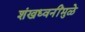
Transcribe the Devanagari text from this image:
शंखध्वनींमुळे